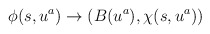
\begin{align*}\phi(s, u^a) \rightarrow \left( B(u^a), \chi(s, u^a) \right)\end{align*}